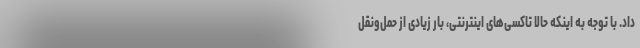
داد. با توجه به اینکه حالا تاکسی‌های اینترنتی، بار زیادی از حمل‌و‌نقل